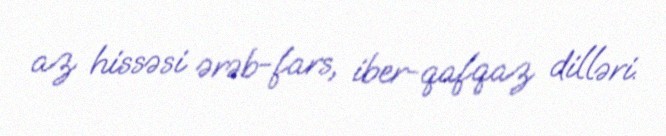
az hissəsi ərəb-fars, iber-qafqaz dilləri.